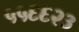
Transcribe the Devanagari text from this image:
५५६६२३